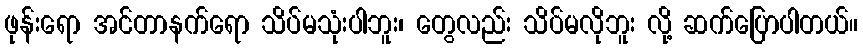
ဖုန်းရော အင်တာနက်ရော သိပ်မသုံးပါဘူး၊ တွေလည်း သိပ်မလိုဘူး လို့ ဆက်ပြောပါတယ်။